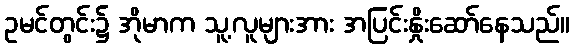
ဥမင်တွင်း၌ အိုမာက သူ့လူများအား အပြင်းနှိုးဆော်နေသည်။